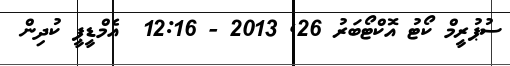
ސުޕުރީމް ކޯޓު އޮކްޓޯބަރު 26